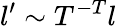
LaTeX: l^{\prime}\sim T^{-T}l